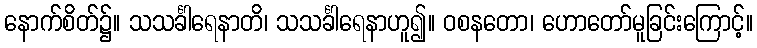
နောက်စိတ်၌။ သသင်္ခါရေနာတိ၊ သသင်္ခါရေနာဟူ၍။ ဝစနတော၊ ဟောတော်မူခြင်းကြောင့်။